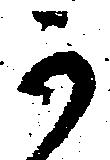
可